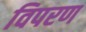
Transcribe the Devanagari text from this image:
विपरण